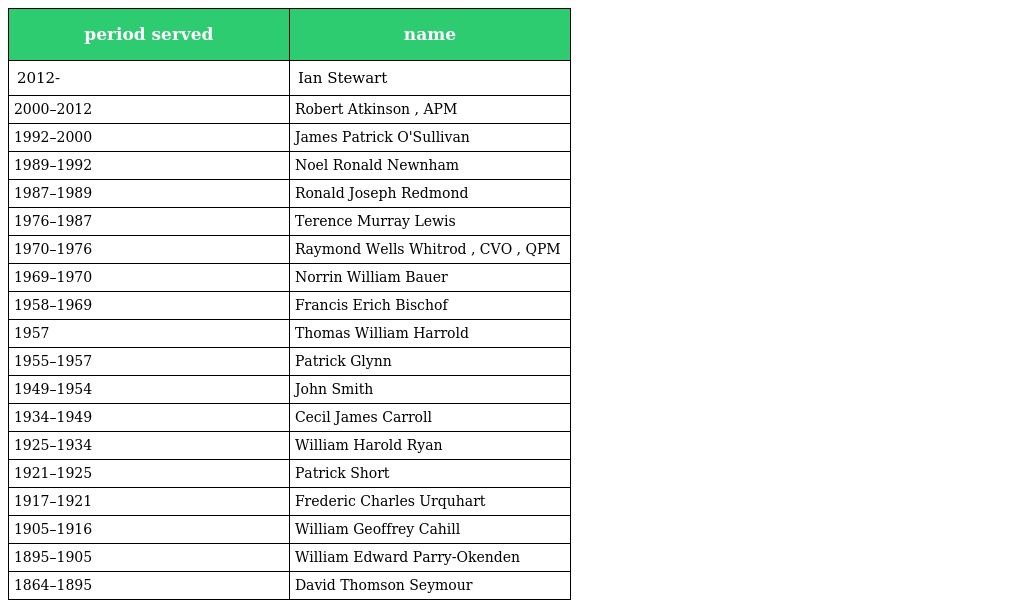
| period served | name |
 | --- | --- |
 | 2012- | Ian Stewart |
 | 2000–2012 | Robert Atkinson , APM |
 | 1992–2000 | James Patrick O'Sullivan |
 | 1989–1992 | Noel Ronald Newnham |
 | 1987–1989 | Ronald Joseph Redmond |
 | 1976–1987 | Terence Murray Lewis |
 | 1970–1976 | Raymond Wells Whitrod , CVO , QPM |
 | 1969–1970 | Norrin William Bauer |
 | 1958–1969 | Francis Erich Bischof |
 | 1957 | Thomas William Harrold |
 | 1955–1957 | Patrick Glynn |
 | 1949–1954 | John Smith |
 | 1934–1949 | Cecil James Carroll |
 | 1925–1934 | William Harold Ryan |
 | 1921–1925 | Patrick Short |
 | 1917–1921 | Frederic Charles Urquhart |
 | 1905–1916 | William Geoffrey Cahill |
 | 1895–1905 | William Edward Parry-Okenden |
 | 1864–1895 | David Thomson Seymour |